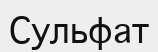
Сульфат